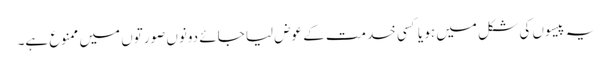
یہ پیسوں کی شکل میں ہو یا کسی خدمت کے عوض لیا جائے دونوں صورتوں میں ممنوع ہے۔